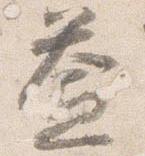
益